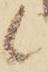
候